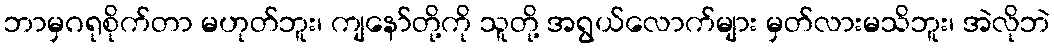
ဘာမှဂရုစိုက်တာ မဟုတ်ဘူး၊ ကျနော်တို့ကို သူတို့ အရွယ်လောက်များ မှတ်လားမသိဘူး၊ အဲလိုဘဲ